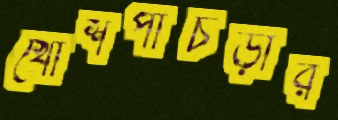
খোশপাঁচড়ার